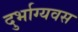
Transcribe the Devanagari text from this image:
दुर्भाग्यवस